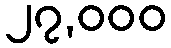
၂၇,၀၀၀